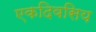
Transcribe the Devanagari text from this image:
एकदिवसिय